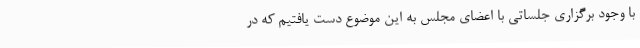
با وجود برگزاری جلساتی با اعضای مجلس به این موضوع دست یافتیم که در